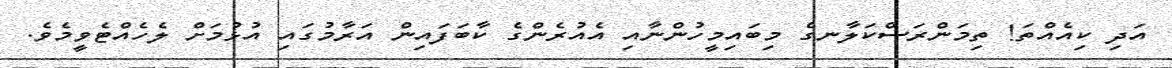
އަދި ކިއެއްތަ! ތިމަންރަސްކަލާނގެ މިބައިމީހުންނާއި އެއުރެންގެ ކާބަފައިން އަރާމުގައި އުޅުމަށް ލެހެއްޓެވީމެވެ.